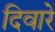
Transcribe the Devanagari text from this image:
दिवारे